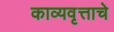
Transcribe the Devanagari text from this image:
काव्यवृत्ताचे